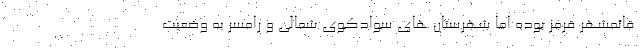
قائمشهر قرمز بوده اما شهرستان های سوادکوی شمالی و رامسر به وضعیت